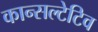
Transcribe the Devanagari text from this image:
कान्सल्टेटिव